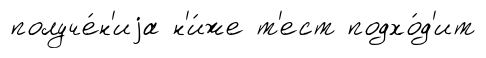
получе́н'иjа н'и́же т'ест подхо́д'ит